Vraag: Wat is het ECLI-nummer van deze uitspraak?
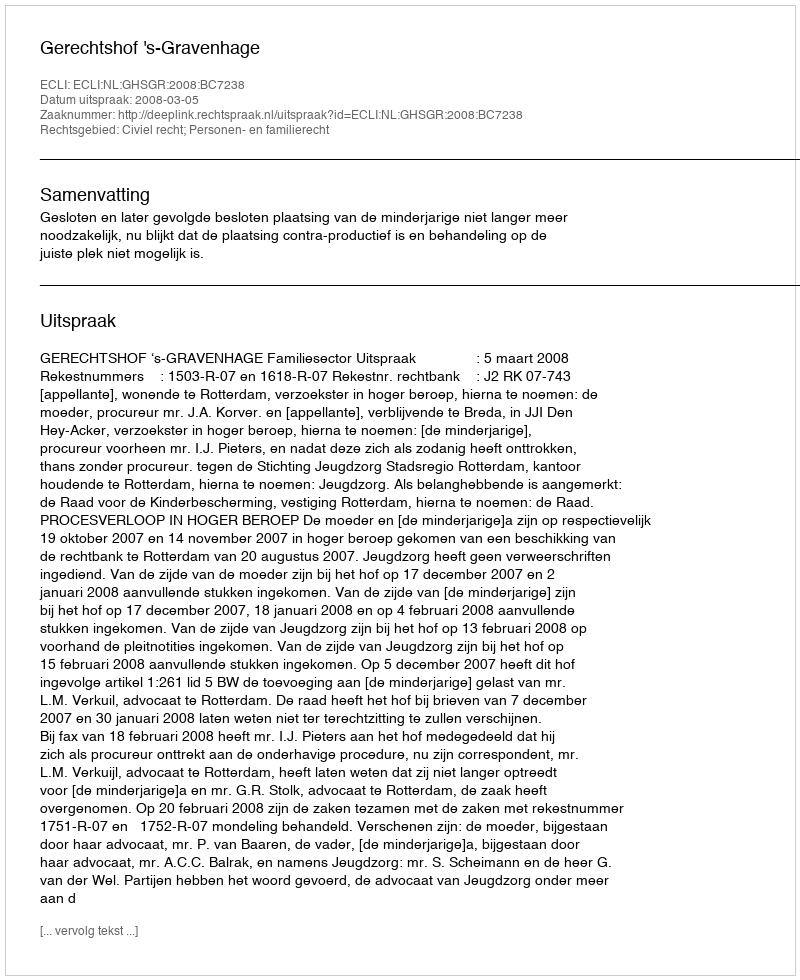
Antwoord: ECLI:NL:GHSGR:2008:BC7238